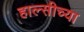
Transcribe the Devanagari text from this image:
हाल्सीच्या